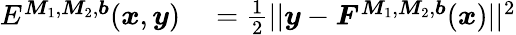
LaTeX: \begin{array}{rl}{E^{\boldsymbol{M}_{1},\boldsymbol{M}_{2},\boldsymbol{b}}(\boldsymbol{x},\boldsymbol{y})}&{{}=\frac{1}{2}||\boldsymbol{y}-\boldsymbol{F}^{\boldsymbol{M}_{1},\boldsymbol{M}_{2},\boldsymbol{b}}(\boldsymbol{x})||^{2}}\end{array}